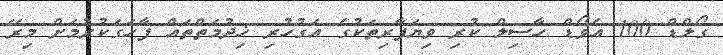
ގޯލްޑް 100 އެވޯޑް ހާސިލް ކުރި ވިޔަފާރިތަކުގެ އަގުހުރި ޚިދުމަތްތައް ފާހަގަކުރުމަށް މިރޭ